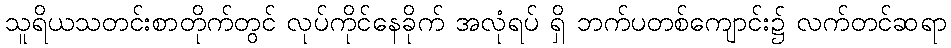
သူရိယသတင်းစာတိုက်တွင် လုပ်ကိုင်နေခိုက် အလုံရပ် ရှိ ဘက်ပတစ်ကျောင်း၌ လက်တင်ဆရာ